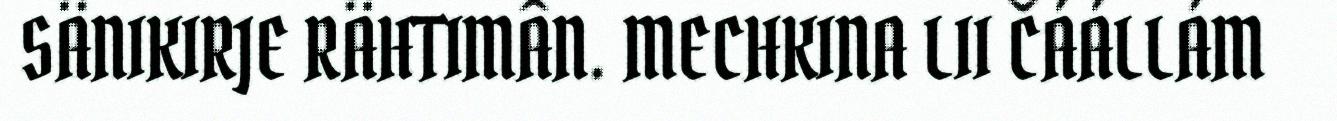
SÄNIKIRJE RÄHTIMÂN. MECHKINA LII ČÁÁLLÁM